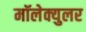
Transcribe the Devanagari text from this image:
मॉलेक्युलर